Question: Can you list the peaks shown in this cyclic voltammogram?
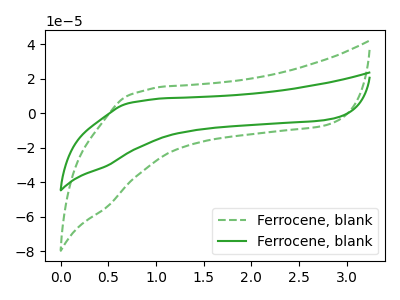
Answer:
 <answer>The green dashed curve "Ferrocene, blank1" has no peaks. The green curve "Ferrocene, blank2" has no peaks.</answer>
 <eval></eval>